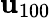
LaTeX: \mathbf{u}_{100}